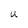
Character: U